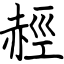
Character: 䞓